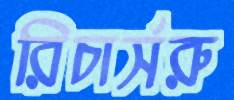
রিচার্সরু